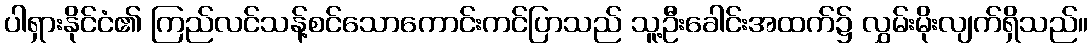
ပါရှားနိုင်ငံ၏ ကြည်လင်သန့်စင်သောကောင်းကင်ပြာသည် သူ့ဦးခေါင်းအထက်၌ လွှမ်းမိုးလျက်ရှိသည်။